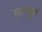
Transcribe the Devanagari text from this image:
सारभूतं